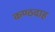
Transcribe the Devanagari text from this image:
कण्ठदाह